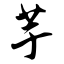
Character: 芋